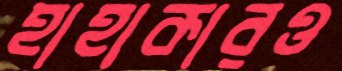
হাহাকারও